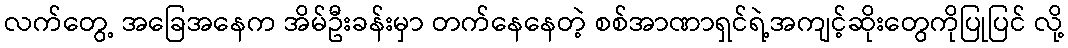
လက်တွေ့ အခြေအနေက အိမ်ဦးခန်းမှာ တက်နေနေတဲ့ စစ်အာဏာရှင်ရဲ့အကျင့်ဆိုးတွေကိုပြုပြင် လို့